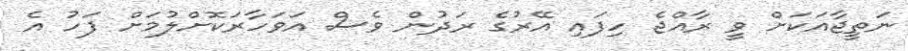
ނަތީޖާއަކަށް ވީ ރާއްޖެ ހިފައި އޭރުގެ ރަދުން ވެސް އަވަހާރަކޮށްލުމަށް ފަހު އެ